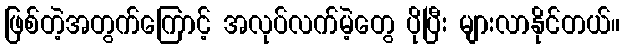
ဖြစ်တဲ့အတွက်ကြောင့် အလုပ်လက်မဲ့တွေ ပိုပြီး များလာနိုင်တယ်။